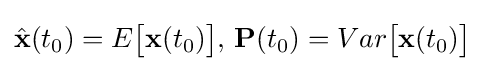
{\hat {\mathbf {x} }}(t_{0})=E{\bigl [}\mathbf {x} (t_{0}){\bigr ]}{\text{, }}\mathbf {P} (t_{0})=Var{\bigl [}\mathbf {x} (t_{0}){\bigr ]}